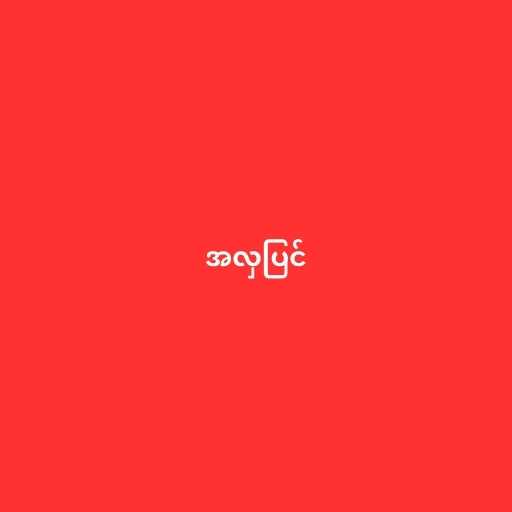
အလှပြင်